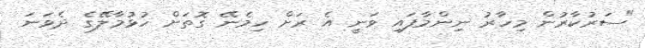
"ސަރުކާރުން މިހާރު ނިންމާފައި ވަނީ އެ ރަށް ހިމެނޭ ގޮތަށް ހުޅުމާލޭގެ ދެވަނަ